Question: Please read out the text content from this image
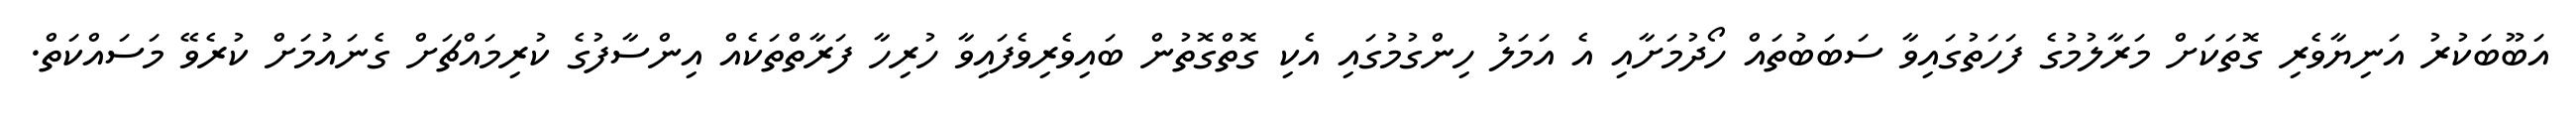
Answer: އަބޫބަކުރު އަނިޔާވެރި ގޮތަކަށް މަރާލުމުގެ ފަހަތުގައިވާ ސަބަބުތައް ހޯދުމަށާއި އެ އަމަލު ހިންގުމުގައި އެކި ގޮތްގޮތުން ބައިވެރިވެފައިވާ ހުރިހާ ފަރާތްތަކެއް އިންސާފުގެ ކުރިމައްޗަށް ގެނައުމަށް ކުރެވޭ މަސައްކަތް.